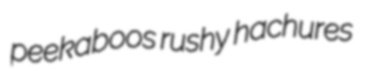
peekaboos rushy hachures